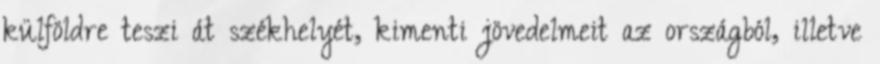
külföldre teszi át székhelyét, kimenti jövedelmeit az országból, illetve